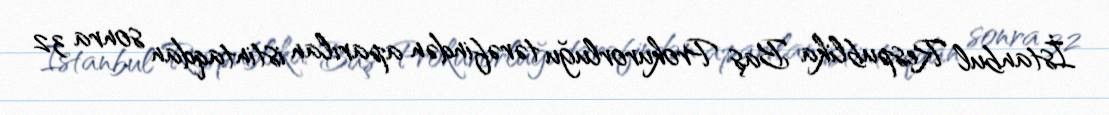
İstanbul Respublika Baş Prokurorluğu tərəfindən aparılan istintaqdan sonra 32